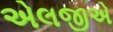
એલજીએ